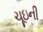
ચૂઇની